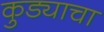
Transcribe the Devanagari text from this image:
कुड्याचा